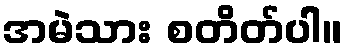
အမဲသား စတိတ်ပါ။